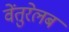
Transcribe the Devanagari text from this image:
वेंतुरेलब